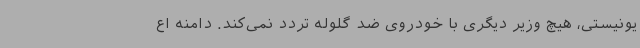
یونیستی، هیچ وزیر دیگری با خودروی ضد گلوله تردد نمی‌کند. دامنه اع